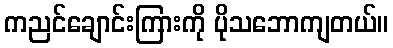
ကညင်ချောင်းကြားကို ပိုသဘောကျတယ်။